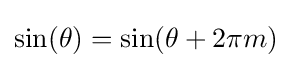
\sin(\theta )=\sin(\theta +2\pi m)